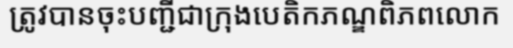
ត្រូវបានចុះបញ្ជីជាក្រុងបេតិកភណ្ឌពិភពលោក